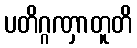
ပတိဂ္ဂဏှာတူတိ